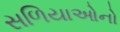
સળિયાઓનો